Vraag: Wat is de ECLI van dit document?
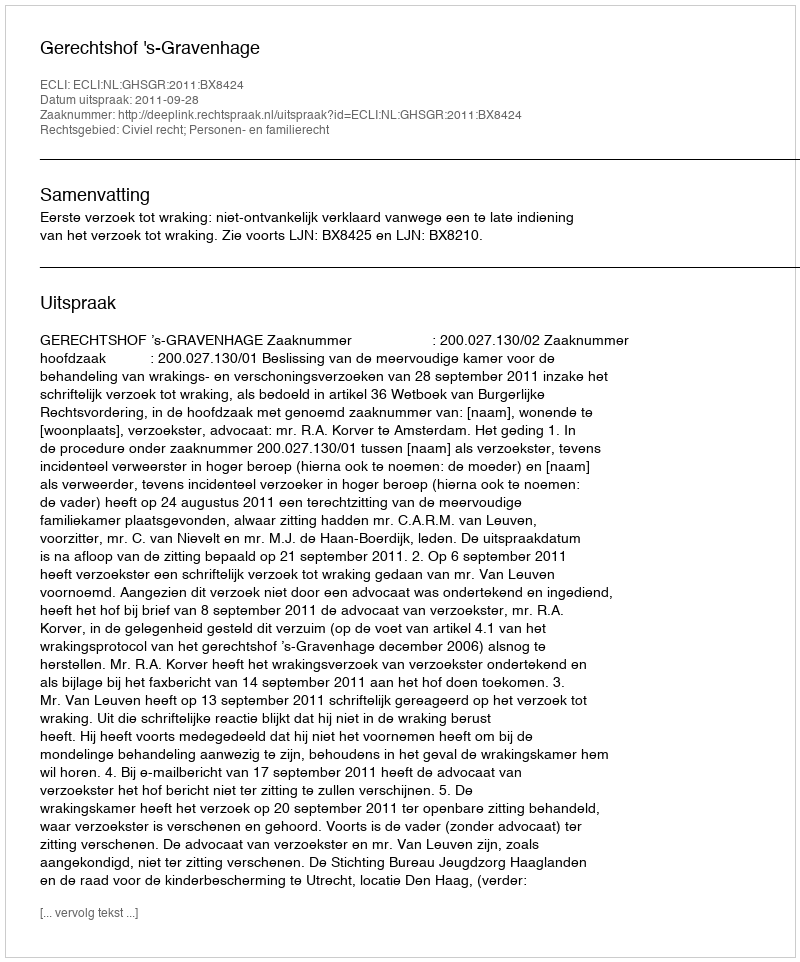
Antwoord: ECLI:NL:GHSGR:2011:BX8424